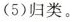
(5)归类。